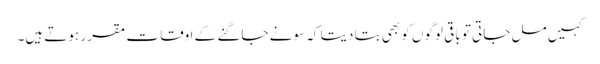
کہیں مل جاتی تو باقی لوگوں کو بھی بتا دیتا کہ سونے جاگنے کے اوقات مقرر ہوتے ہیں۔